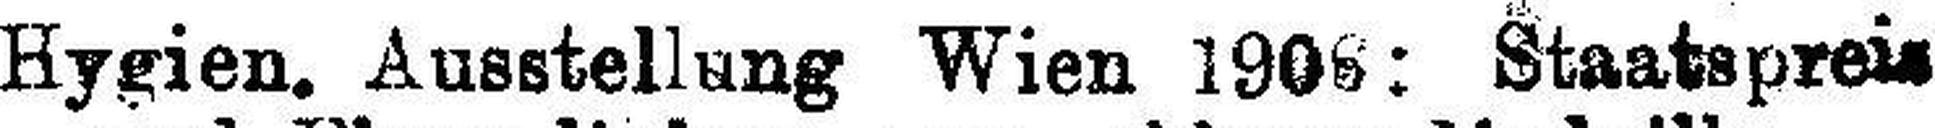
Hygien. Ausstellung Wien 1906: Staatspreis